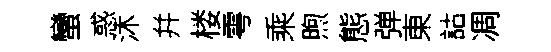
蠻惑沐幷楼雩乘煦態弹東詁凋